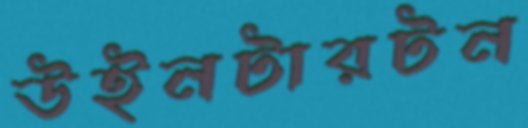
উইনটারটন